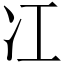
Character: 冮